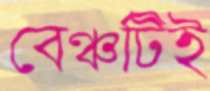
বেঞ্চটিই